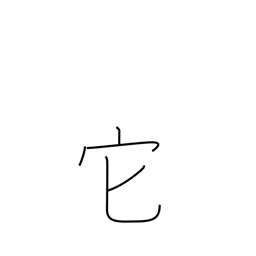
Meaning: other